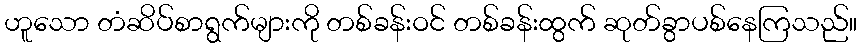
ဟူသော တံဆိပ်စာရွက်များကို တစ်ခန်းဝင် တစ်ခန်းထွက် ဆုတ်ခွာပစ်နေကြသည်။